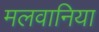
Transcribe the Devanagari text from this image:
मलवानिया